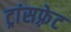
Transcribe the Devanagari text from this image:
ट्रांसफ़्रेट